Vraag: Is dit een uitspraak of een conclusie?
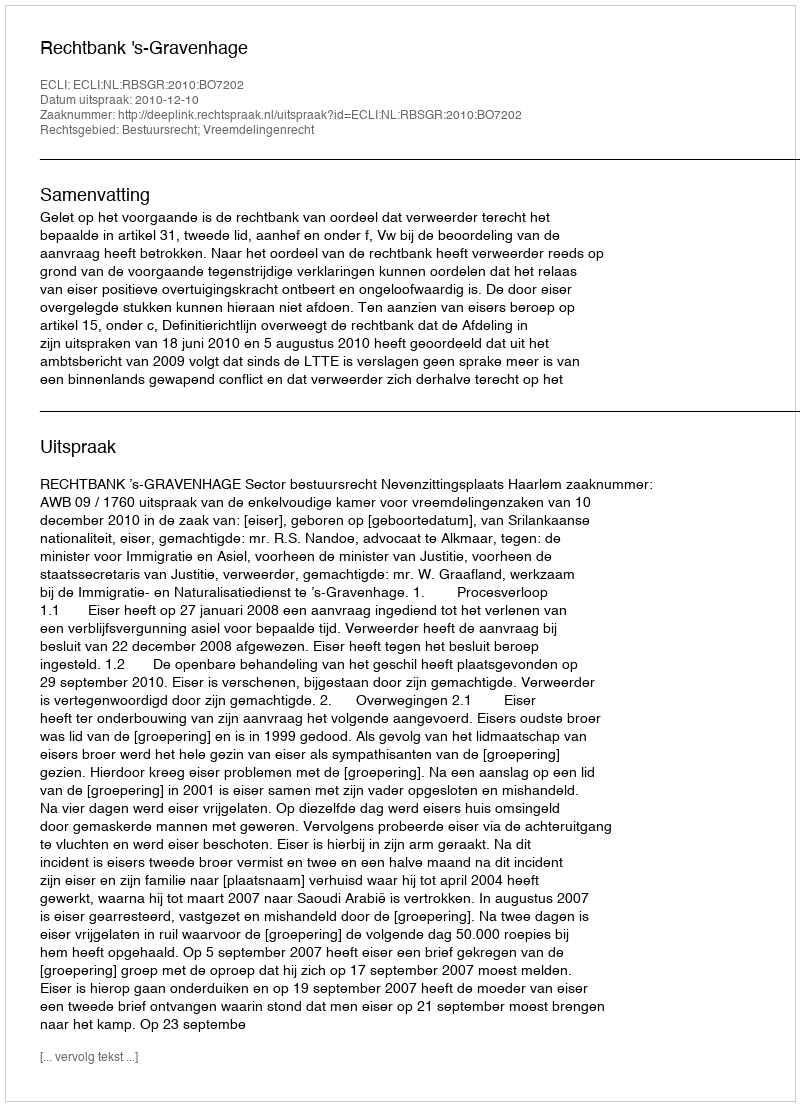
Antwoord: Uitspraak